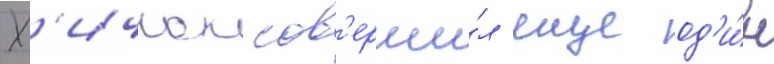
Х'ичкок сов'ерши́л еще од'и́н